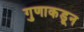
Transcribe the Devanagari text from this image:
गुणाकडून